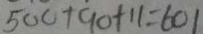
5 0 c + 9 0 + 1 1 = 6 0 1